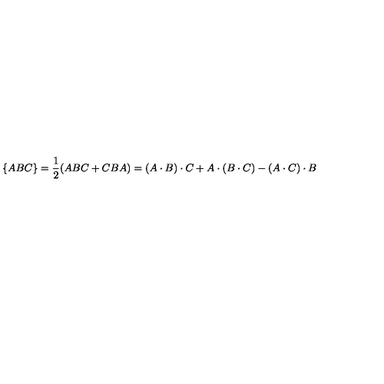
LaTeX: \{ A B C \} = \frac { 1 } { 2 } ( A B C + C B A ) = ( A \cdot B ) \cdot C + A \cdot ( B \cdot C ) - ( A \cdot C ) \cdot B